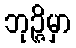
ဘုဉ္ဇိမှာ